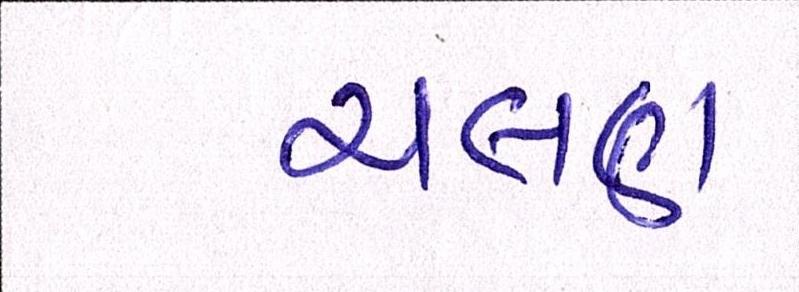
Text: ચલણ